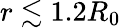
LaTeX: r\lesssim 1.2R_{0}